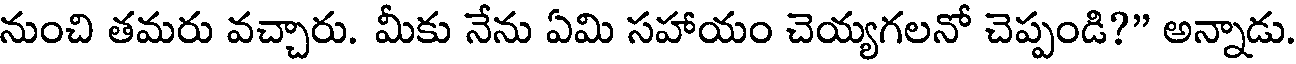
నుంచి తమరు వచ్చారు. మీకు నేను ఏమి సహాయం చెయ్యగలనో చెప్పండి?" అన్నాడు